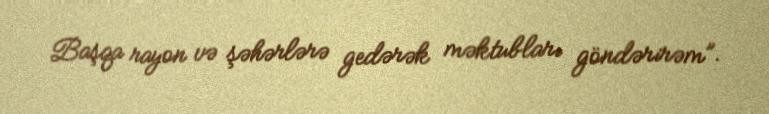
Başqa rayon və şəhərlərə gedərək məktubları göndərirəm”.